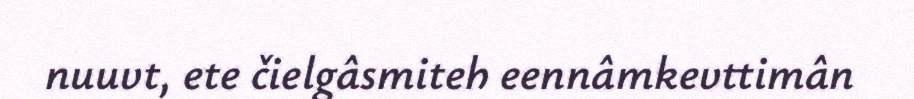
nuuvt, ete čielgâsmiteh eennâmkevttimân